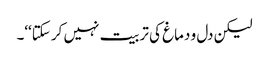
لیکن دل و دماغ کی تربیت نہیں کر سکتا‘‘۔